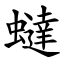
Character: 蟽